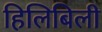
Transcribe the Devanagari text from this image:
हिलिबिली